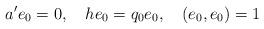
LaTeX: \begin{align*}a'e_0=0,\quad he_0=q_0e_0,\quad (e_0,e_0)=1 \end{align*}